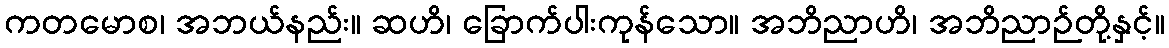
ကတမောစ၊ အဘယ်နည်း။ ဆဟိ၊ ခြောက်ပါးကုန်သော။ အဘိညာဟိ၊ အဘိညာဉ်တို့နှင့်။